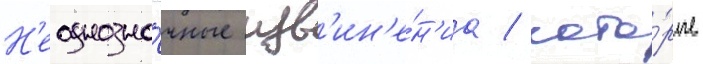
Н'еоднозна́чные изв'ин'е́н'иа / кото́рые